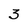
Character: 3